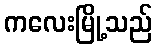
ကလေးမြို့သည်